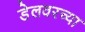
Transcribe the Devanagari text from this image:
डेलवरच्या